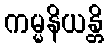
ကမ္မနိယန္တိ